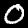
Label: 0